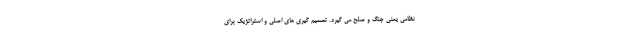
نظامی یعنی جنگ و صلح می گیرد. تصمیم گیری های اصلی و استراتژیک برای